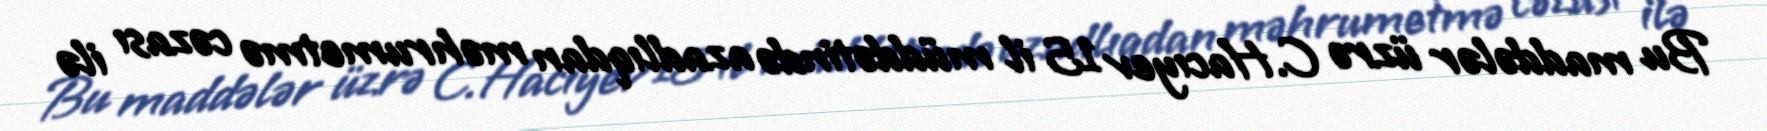
Bu maddələr üzrə C.Hacıyev 15 il müddətində azadlıqdan məhrumetmə cəzası ilə